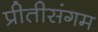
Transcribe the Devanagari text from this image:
प्रीतीसंगम